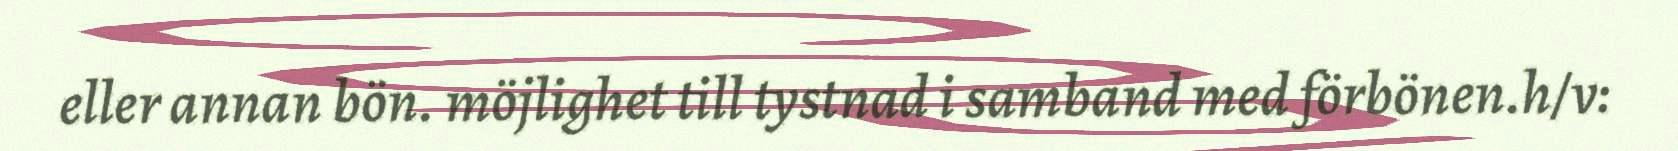
eller annan bön. möjlighet till tystnad i samband med förbönen.h/v: